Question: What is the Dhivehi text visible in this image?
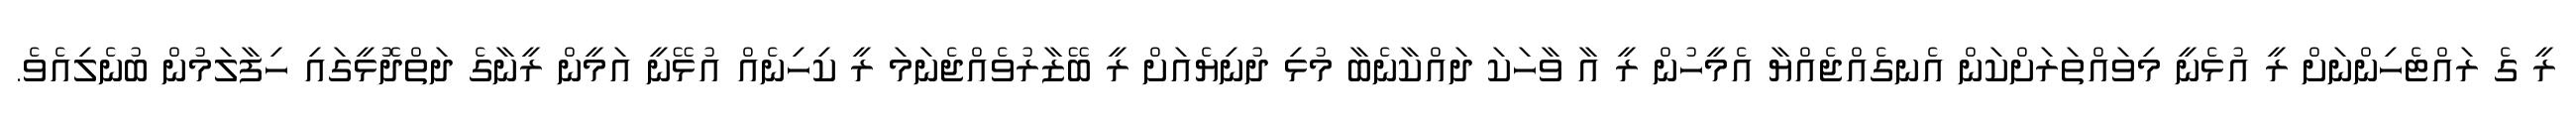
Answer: ރީ ގެ ރައްޓެހިންނަށް ރީ އުޅެނީ މިވައްތަރަށްކަން އެނގެއްޖެއްޔާ އެމީހުން ރީ އާ ވާހަކަ ދައްކާނެބާ މުޅި ދުނިޔެއަށް ރީ ބޭޒާރުވެއްޖެނަމަ ރީ ކިހިނެއް އުޅޭނީ އަމީން ރީނާގެ ދަތްދޮޅީގައި ހިފާލަމުން ބުނެލިއެވެ.